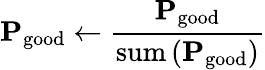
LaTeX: \mathbf{P}_{\mathrm{good}}\leftarrow\frac{\mathbf{P}_{\mathrm{good}}}{\mathrm{sum}\left(\mathbf{P}_{\mathrm{good}}\right)}